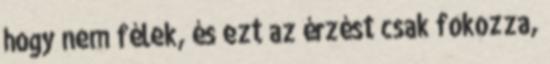
hogy nem félek, és ezt az érzést csak fokozza,